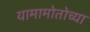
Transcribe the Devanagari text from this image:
यामामोतोच्या